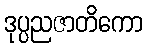
ဒုပ္ပညဇာတိကော